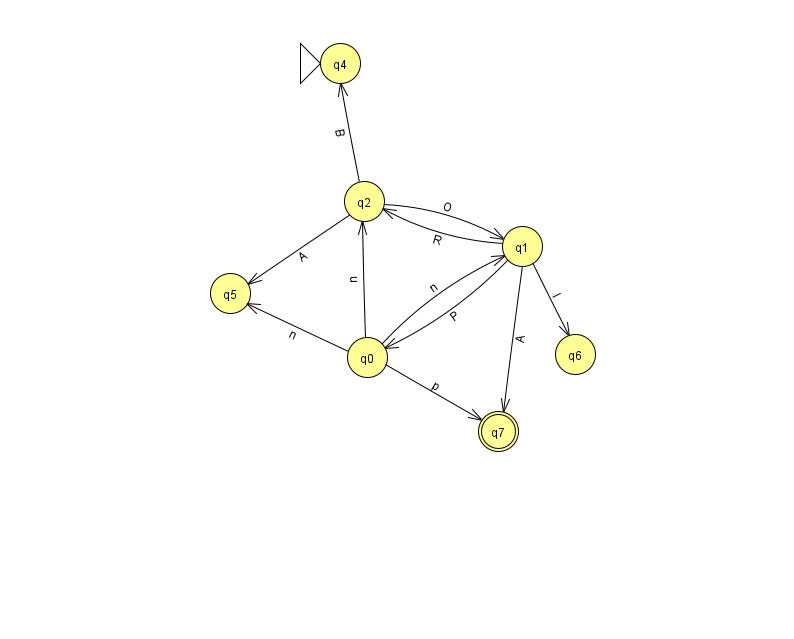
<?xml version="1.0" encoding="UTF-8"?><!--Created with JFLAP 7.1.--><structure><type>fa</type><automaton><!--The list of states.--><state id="0" name="q0"><x>367.0</x><y>344.0</y></state><state id="1" name="q1"><x>522.0</x><y>233.0</y></state><state id="2" name="q2"><x>364.0</x><y>188.0</y></state><state id="4" name="q4"><x>340.0</x><y>50.0</y><initial/></state><state id="5" name="q5"><x>230.0</x><y>280.0</y></state><state id="6" name="q6"><x>575.0</x><y>341.0</y></state><state id="7" name="q7"><x>498.0</x><y>418.0</y><final/></state><!--The list of transitions.--><transition><from>1</from><to>7</to><read>A</read></transition><transition><from>0</from><to>7</to><read>p</read></transition><transition><from>0</from><to>2</to><read>u</read></transition><transition><from>0</from><to>5</to><read>n</read></transition><transition><from>1</from><to>0</to><read>P</read></transition><transition><from>2</from><to>4</to><read>B</read></transition><transition><from>1</from><to>2</to><read>R</read></transition><transition><from>2</from><to>1</to><read>O</read></transition><transition><from>2</from><to>5</to><read>A</read></transition><transition><from>1</from><to>6</to><read>l</read></transition><transition><from>0</from><to>1</to><read>n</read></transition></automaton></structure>